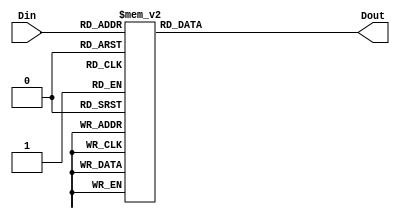
module Div_Dec(Dout, Din);
output reg [31:0] Dout;
input [2:0] Din;

always@ (Din)
case(Din)
3'd0:
	Dout = 32'd200000000;
3'd1:
	Dout = 32'd150000000;
3'd2:
	Dout = 32'd100000000;
3'd3:
	Dout = 32'd50000000;
3'd4:
	Dout = 32'd25000000;
3'd5:
	Dout = 32'd16666666;
3'd6:
	Dout = 32'd10000000;
3'd7:
	Dout = 32'd6250000;
	
endcase
endmodule